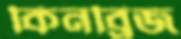
কিনব্রিজ